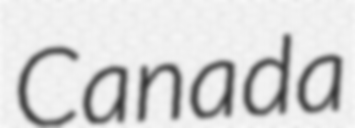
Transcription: Canada